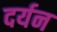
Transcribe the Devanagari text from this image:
दर्यन